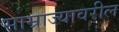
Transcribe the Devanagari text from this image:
साम्राज्यावरील